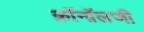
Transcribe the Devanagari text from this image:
क्रॉनॉलजी